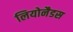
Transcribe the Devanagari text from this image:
लियोनैडस